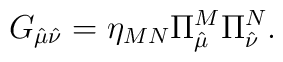
G_{\hat\mu \hat\nu} = \eta_{MN} \Pi_{\hat\mu}^M \Pi_{\hat\nu}^N.